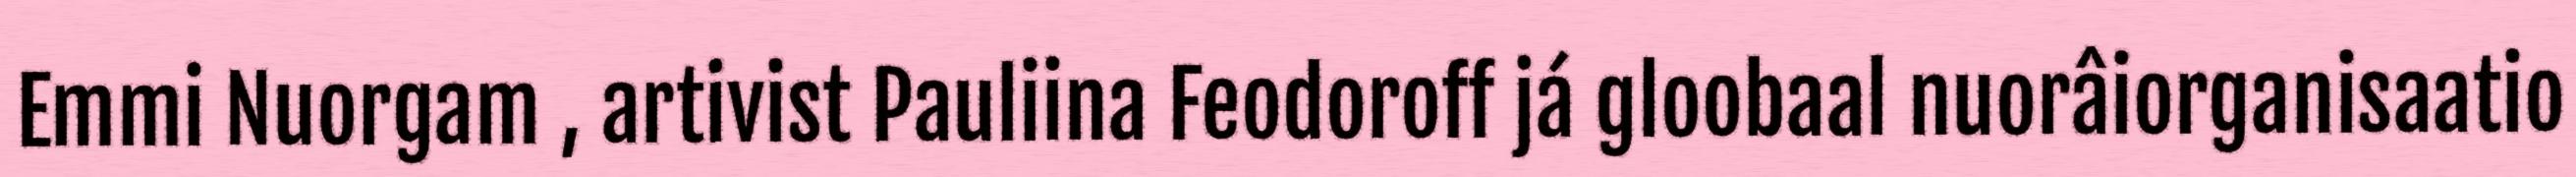
Emmi Nuorgam , artivist Pauliina Feodoroff já gloobaal nuorâiorganisaatio